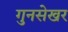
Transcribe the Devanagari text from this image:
गुनसेखर